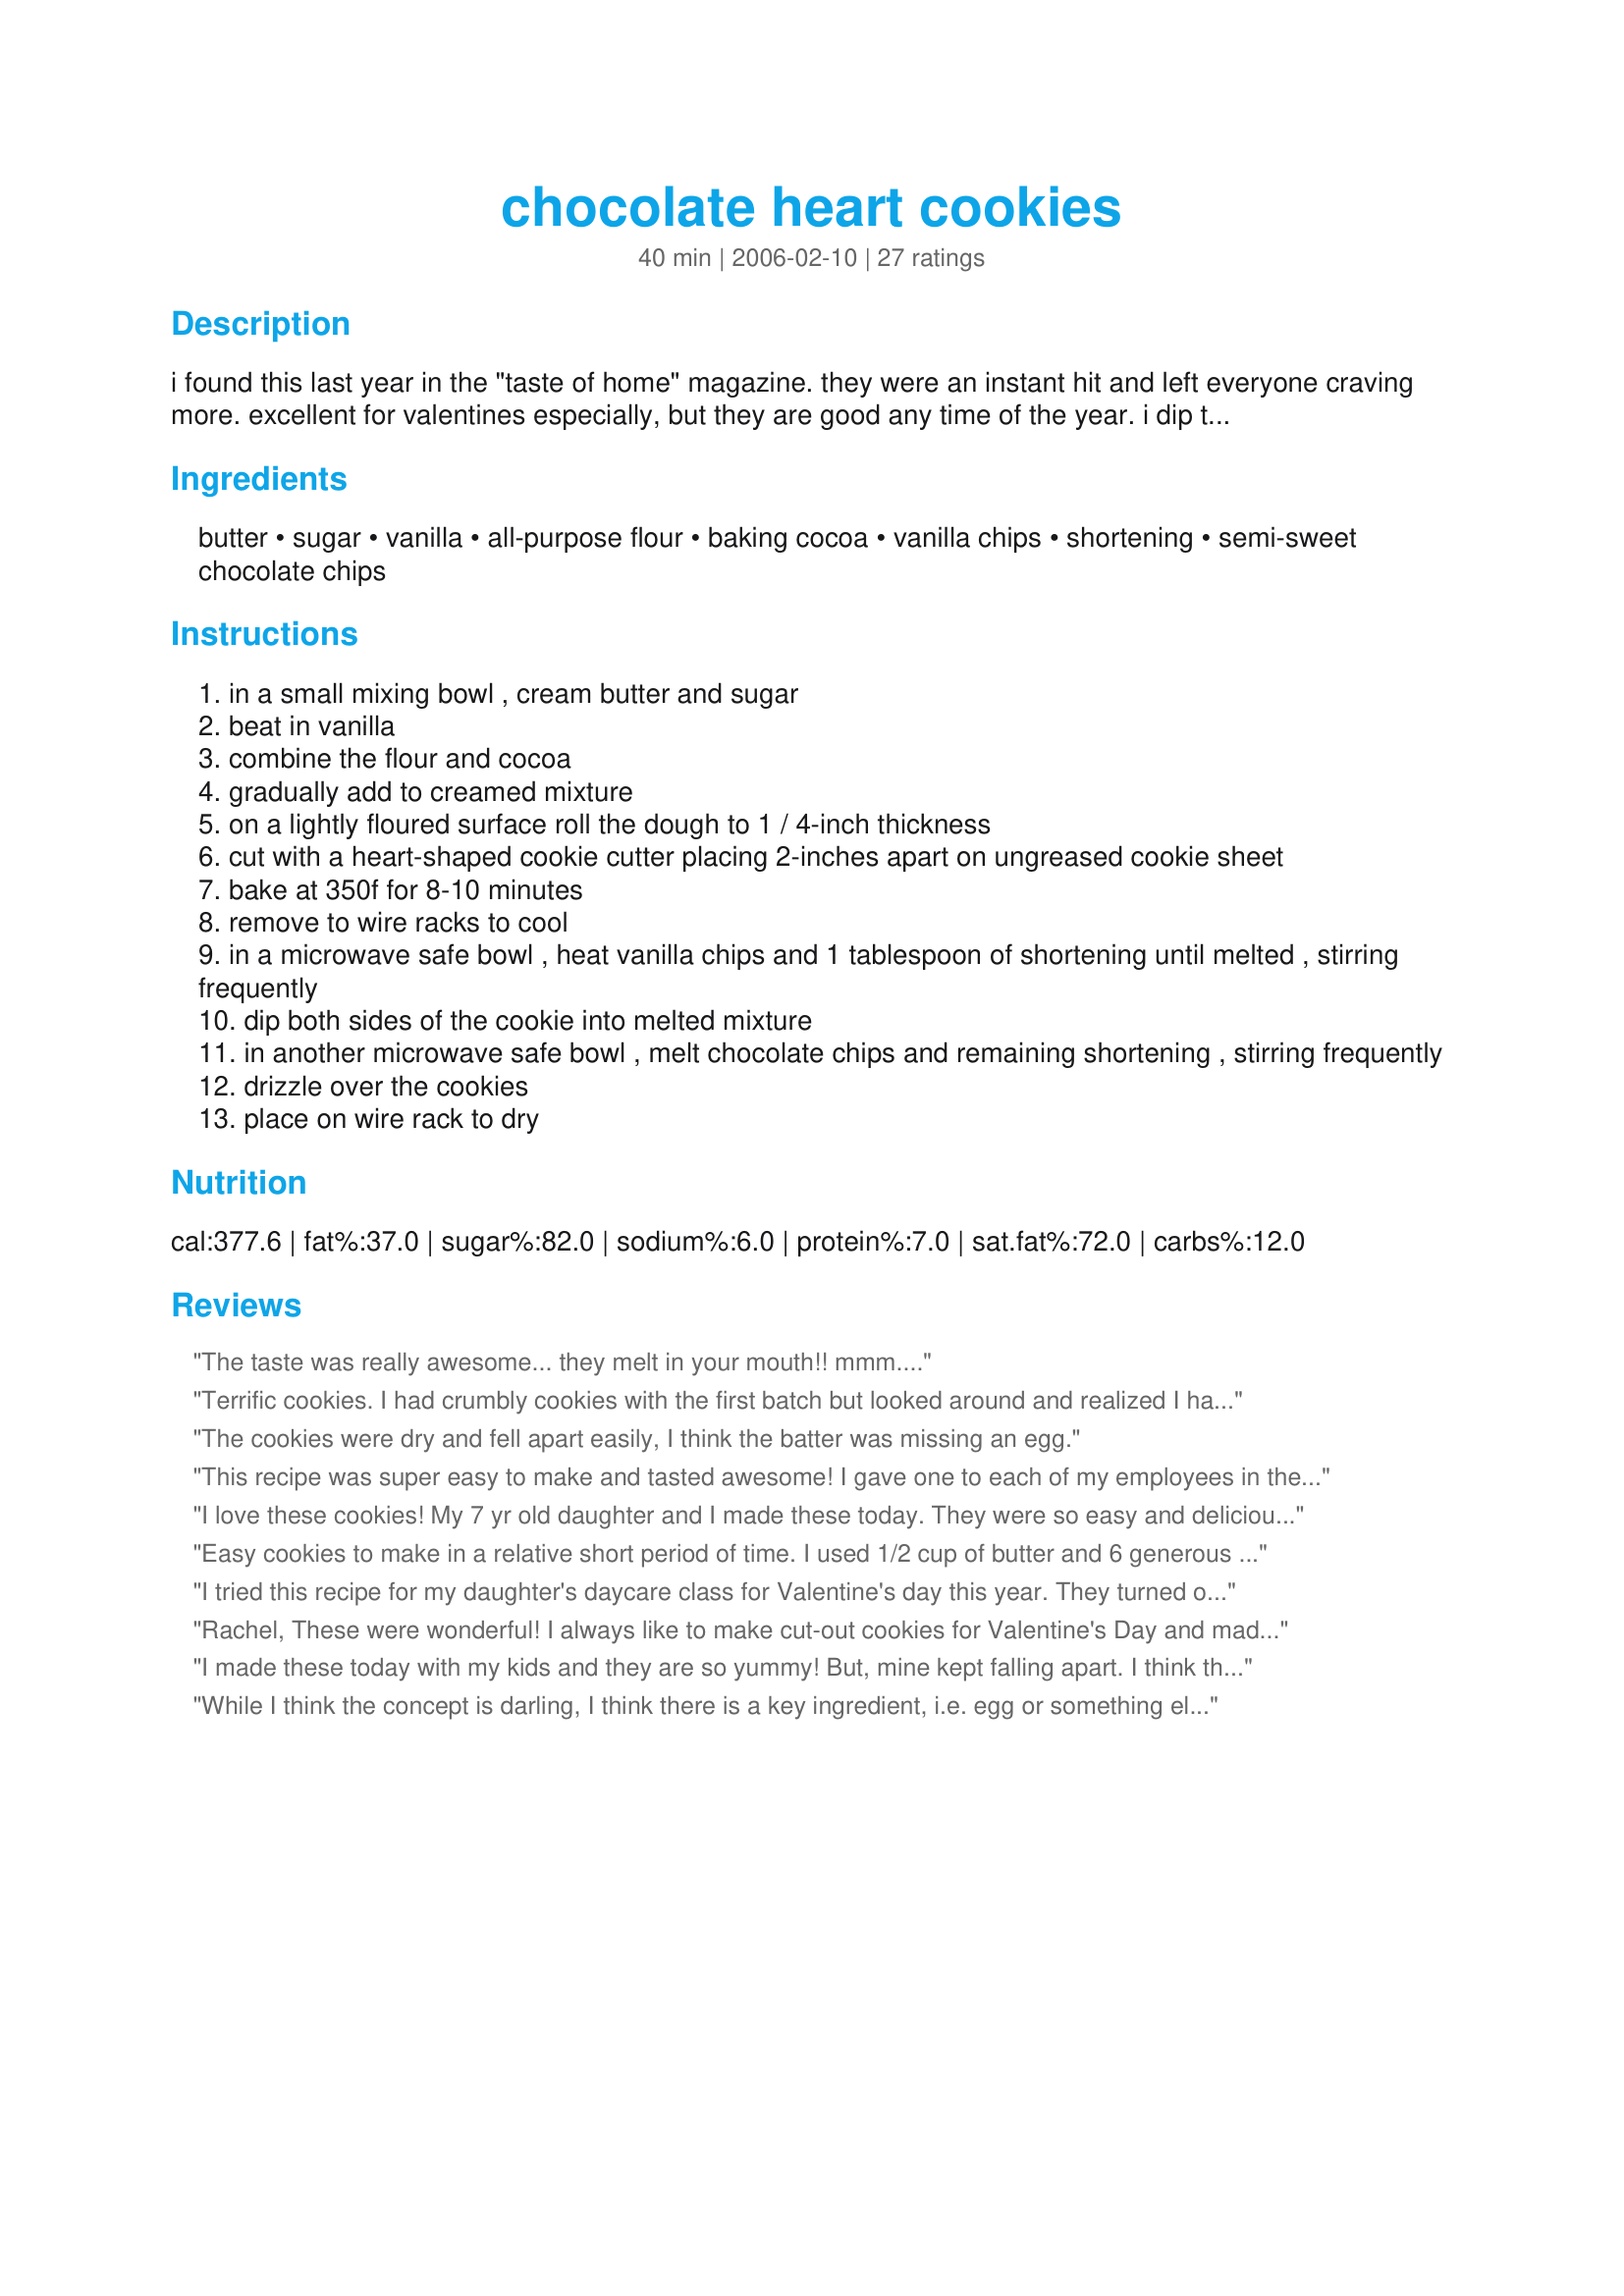
chocolate heart cookies
Preparation time: 40 minutes

i found this last year in the "taste of home" magazine. they were an instant hit and left everyone craving more. excellent for valentines especially, but they are good any time of the year. i dip them in the milk chocolate and drizzle white - though the recipe calls for it the other way, you can chose to reverse the amounts between white and milk chocolate chips according to your taste.

Ingredients:
butter, sugar, vanilla, all-purpose flour, baking cocoa, vanilla chips, shortening, semi-sweet chocolate chips

Steps:
in a small mixing bowl , cream butter and sugar
beat in vanilla
combine the flour and cocoa
gradually add to creamed mixture
on a lightly floured surface roll the dough to 1 / 4-inch thickness
cut with a heart-shaped cookie cutter placing 2-inches apart on ungreased cookie sheet
bake at 350f for 8-10 minutes
remove to wire racks to cool
in a microwave safe bowl , heat vanilla chips and 1 tablespoon of shortening until melted , stirring frequently
dip both sides of the cookie into melted mixture
in another microwave safe bowl , melt chocolate chips and remaining shortening , stirring frequently
drizzle over the cookies
place on wire rack to dry

Reviews:
The taste was really awesome... they melt in your mouth!! mmm....
Terrific cookies. I had crumbly cookies with the first batch but looked around and realized I had not added all of the flour. Subsequent batches are fantastic. My cookie cutter was broken so I rolled them into a ball, tapped it flat and baked for 13 minutes. We are having a humid day and that may make a difference in the time.
The cookies were dry and fell apart easily, I think the batter was missing an egg.
This recipe was super easy to make and tasted awesome! I gave one to each of my employees in their goodie bags and they loved them! The only thing that really made them good was I keep them in the freezer and eat them straight out of there! They are so tasty and choc-o-filled!
I love these cookies! My 7 yr old daughter and I made these today. They were so easy and delicious. I added a 1/2 t. of almond extract just because my family likes the flavor. My DD took some of the dough and made little mini hearts (1 inch) and decorated them with some of the white chips before baking. They make addictive little cookie bites ! Next time I will double the recipe!
Easy cookies to make in a relative short period of time. I used 1/2 cup of butter and 6 generous ounces of cream cheese instead of all butter....I only dipped a generous half of the cookie in chocolate, drizzled the white. Cookies were gone in an evening....
I tried this recipe for my daughter's daycare class for Valentine's day this year. They turned out well but you definately need the chocolate dipping for an even flavor. I will definately make them again and try this time to be more artistic! :)
Rachel, 
These were wonderful! I always like to make cut-out cookies for Valentine's Day and made my coconut sugar cookies for 30 years, but saw this picture of your Chocolate Heart Cookies and wanted to try them.
This dough is the easiest to whip up! I have the rubberbands that you put on rolling pins for the exact thickness, which I used here and I got 30 cookies using about a 2" cutter from the 1/4" thickness. I did use more than a 'light dusting' of flour, however, because the dough was sticking to the countertop.
I baked mine for 10 minutes, cooled on the pan for only 2 minutes, then put them on a wire rack. When cool, I dipped them in white almond bark and drizzled with milk chocolate, then put tiny pink, white and red nonpariel sprinkles on them before the drizzle dried. They were all gone in one day!
My family loved them!
Thanks, so much for a fun, easy recipe!
I made these today with my kids and they are so yummy! But, mine kept falling apart. I think the first batch I made was rolled out too thin. It helped making them a bit thicker.
Anyone know why they were falling apart or what I can do to keep them together?!
Other than that, they are BEAUTIFUL and tasty!
While I think the concept is darling, I think there is a key ingredient, i.e. egg or something else to "bind" it all together. As it stands the flour and cocoa are only moistened by the butter and slightly flavored by the sugar and vanilla, which leaves it a bit dry and crumbly. I am going to try this again with an egg and then I'll report back if it made a difference on the falling apart. Unless someone else knows a secret, you cannot make these above a bite size portion and not have them fall apart, there's nothing to hold it together.
Other cooks thought this dough was too dry and I thought so too at first. However, it ISN'T! It is more like a shortbread dough, very buttery, making delicious cookies. I recommend if you find the dough too crumbly to take it out of the bowl and really work it with your hands before you roll it... I found that really helped to hold it together.

Also even though another chef found refrigerating the dough to be useful, I thought the opposite was the case. The cold dough was too hard to roll and it needed to be warmed up (working it with the hands) to roll well.
Great, EASY recipe!
OMG!!! These cookies are so GORGEOUS! It's a good way to impress someone special!
These are really tasty cookies! I used some leftover ganache for the dipping and drizzling, so I can't vouch for that portion of the recipe, but I followed the rest exactly. I had some trouble with the dough sticking to my rolling pin, so I stuck it in the fridge for 30 minutes or so and it went much more smoothly. I got about 3 dozen cookies out of the recipe using a 3" cutter. These were a big hit with my hubby, so thanks for the tasty treat!
I really liked the cookies! I did tweek it a little. I did not use the 1/4 cup baking cocoa or the 2 tablespoons shortening, divided. <br/>Basically, I made the standard cut out dough, which I had no problem rolling and cutting, it was perfect! I did find that the dipping of the sides of the cookie into white chocolate was slightly difficult. So I used a knife and spread the melted white chocolate across the cookie, each one having a different design. Then I used an icing bag and melted some milk chocolate chips in the microwave. Using a #5 tip, I drizzled the chocolate across the cookies as desired. I then used peppermint flavored sprinkles on some of the cookies!! They were a hit!!
Make these every year with my
granddaughter for Valentines's 
Day at school. Great cookies.
As other have said, these cookies were kind of bland and crumbly when dipping was attempted. But they are so beautiful and once you add the chocolate they don't taste half bad.
This dough was nice to work with. I didn't have any chocolate on hand so I warmed some icing and dipped using that. Yummo!
I made 2 batches of these several days apart. The first batch turned crumbly and lost several cookies through breakage. The ones that survived turned out so gourmet-ish that I decided to try a second batch. I left the butter out several hours allowing it to become room temperature...this seemed to make a big difference. The dough was very pliable. I used powdered sugar instead of flour to dust the counter/table and rolling pin...that worked well, the powdered sugar "melts" during the baking and doesn't leave the white residue that flour does. Our B&B guests enjoyed them!
These are attractive, delicious, and fairly simple to make. Rolling and cutting out cookies is not one of my favorite things, but the dough was easy to work with, and decorating them as described was a relatively easy way to make them look pretty. It got difficult to dip them as directed when I got to the last few, so I just drizzled the white chocolate over those. I ended up with 19 cookies using a 3-inch cookie cutter. Thanks for posting the recipe!
I reviewed this cookie on Feb 7th and I would like to have deleted that review but cannot figure out how to. These cookies are fabulous! I made them exactly as written and they turned out wonderfully. They are a bit of work. It's a three step process: The baking, the white chocolate then the semi-sweet chocolate, but so worth the time. These cookies turned out wonderfully. They look fabulous and they taste great! I did not find dipping them in the white chocolate to be difficult. You really just have to take your time. They look amazingly alot like the original photo! I will be definitely be making these again!
it does help if you roll the cookie dough with your hands few times before you roll it flat and cut with the cookie cutter. also bake it more than 8 mins helped. these cookies need to be kept in the refrigerator....especially after you dipped them with chocolate.
These look gorgeous but the actual cookie recipe didn't meet expectations. I had fun decorating them but I had to flash freeze after every step because the cookies were barely staying together. I'm not sure what happened. I followed the recipe exactly.
These were beautiful presentation-wise, but for me, very disappointing taste-wise.

They were crumbly and very hard to dip. I found it impossible to dip each edge the way the instructions say without them falling apart. I ended up just icing the entire cookie with the white chocolate, then drizzling with the brown chocolate.

I didn't like the flavor of the cookie, it was a little bitter, and also not very moist. I thought it was odd that the recipe had no eggs.

Like I said, they looked beautiful, but they didn't taste good enough for me to make them again.
amazing recipe! I was skeptical at first, as was DH. But finished product is wonderful! I used chocolate almond bark instead of the white chocolate chips, and teh drizzled with pink melting candy. Beautiful, easy, tasty... Perfect for Valentines Day!

I did find that cooking 10 min instead of 8 stopped the cookies from breaking when dipping them. Thanks for posting Rachel55!
I made these for a bridal shower and I wasn't very impressed. However, the bride loved them. I must admit they looked beautiful, when they didn't fall apart. We made three batches of them and followed the recipe exactly. All three batches turned out the same. We did have to bake a little longer than the eight minutes. The actual cookies seemed bland to me until you put the chocolate on them. They had a bit of a flour taste to them. I should have read the reviews and rolled them out in powdered sugar. I think that would have helped.
Easy Breezy Beautiful!! (and don't I look fancy!) Took me less than an hour from start-clean up to whip these up. I don't like the taste of altered chocolate (especially when melting), so I used Baker's Melting chocolate squares which required no addition of shortening. Also, baking these on my stone rather than on baking sheets shortened the overall bake time. Great addition to my Valentine's Day Goodie Baskets-- Thank You!
I don't know what happened but these were terrible for me. They tasted aweful. I probably did something wrong so I will try again.
